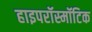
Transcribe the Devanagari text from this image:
हाइपरॉस्मॉटिक